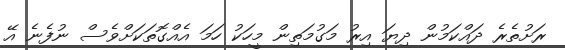
ރަށުތެރެ ދައްކަމުން ދިޔަ އިރު މަގުމަތިން މީހަކު ހަމަ އެއްގޮތަކަށްވެސް ނުފެނެ އޭ